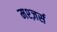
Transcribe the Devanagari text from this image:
मश्ज़र्स